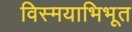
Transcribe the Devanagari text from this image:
विस्मयाभिभूत